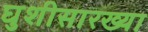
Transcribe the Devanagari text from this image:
घुशीसारख्या